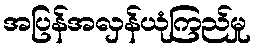
အပြန်အလှန်ယုံကြည်မှု